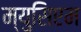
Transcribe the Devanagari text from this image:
म्युसिएम